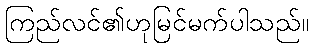
ကြည်လင်၏ဟုမြင်မက်ပါသည်။